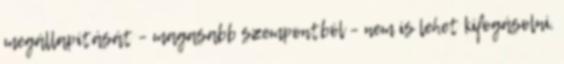
megállapítását – magasabb szempontból – nem is lehet kifogásolni.